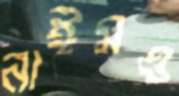
নাঈমও